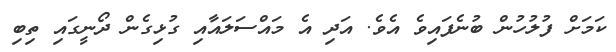
ކަމަށް ފުލުހުން ބުނެފައިވެ އެވެ. އަދި އެ މައްސަލައާއި ގުޅިގެން ދޯނީގައި ތިބި